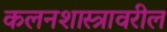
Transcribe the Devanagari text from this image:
कलनशास्त्रावरील